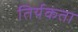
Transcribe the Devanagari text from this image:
तिर्यकता